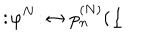
LaTeX: : \! \varphi ^ { N } \! : \, \leftrightarrow p _ { n } ^ { ( N ) } ( \underline { { { l } } }